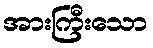
အားကြီးသော